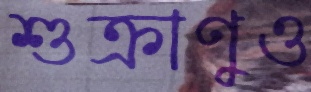
শুক্রাণুও